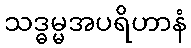
သဒ္ဓမ္မအပရိဟာနံ